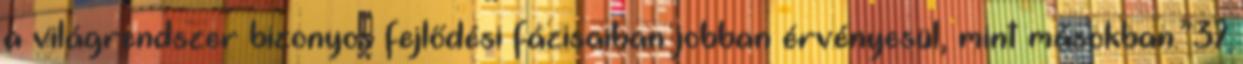
a világrendszer bizonyos fejlődési fázisaiban jobban érvényesül, mint másokban.”37